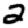
Digit: 2